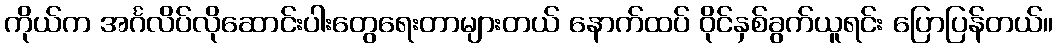
ကိုယ်က အင်္ဂလိပ်လိုဆောင်းပါးတွေရေးတာများတယ် နောက်ထပ် ဝိုင်နှစ်ခွက်ယူရင်း ပြောပြန်တယ်။